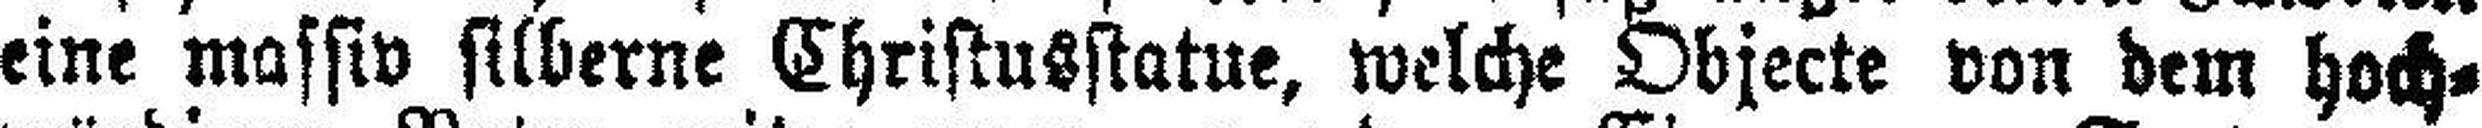
eine massiv silberne Christusstatue, welche Objecte von dem hoch¬